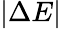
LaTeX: \lvert\Delta E\rvert